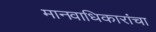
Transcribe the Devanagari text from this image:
मानवाधिकारांचा